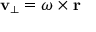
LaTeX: \mathbf { v } _ { \perp } = { \boldsymbol { \omega } } \times \mathbf { r }